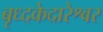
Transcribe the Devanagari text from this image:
बृध्दकेदारेश्वर